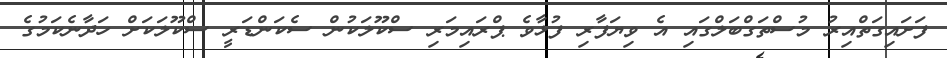
ފަށައިގަތްއިިރު މުސްތަގްބަލްގައި އެ ވިޔަފާރި ފުޅާވެ ޕްރައިމަރި ސްކޫލަކުން ސެކަންޑަރީ ސްކޫލަަކަށް ހަދާނެކަމުގެ